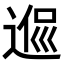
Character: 𨔃